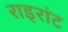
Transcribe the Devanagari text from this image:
राइरांट